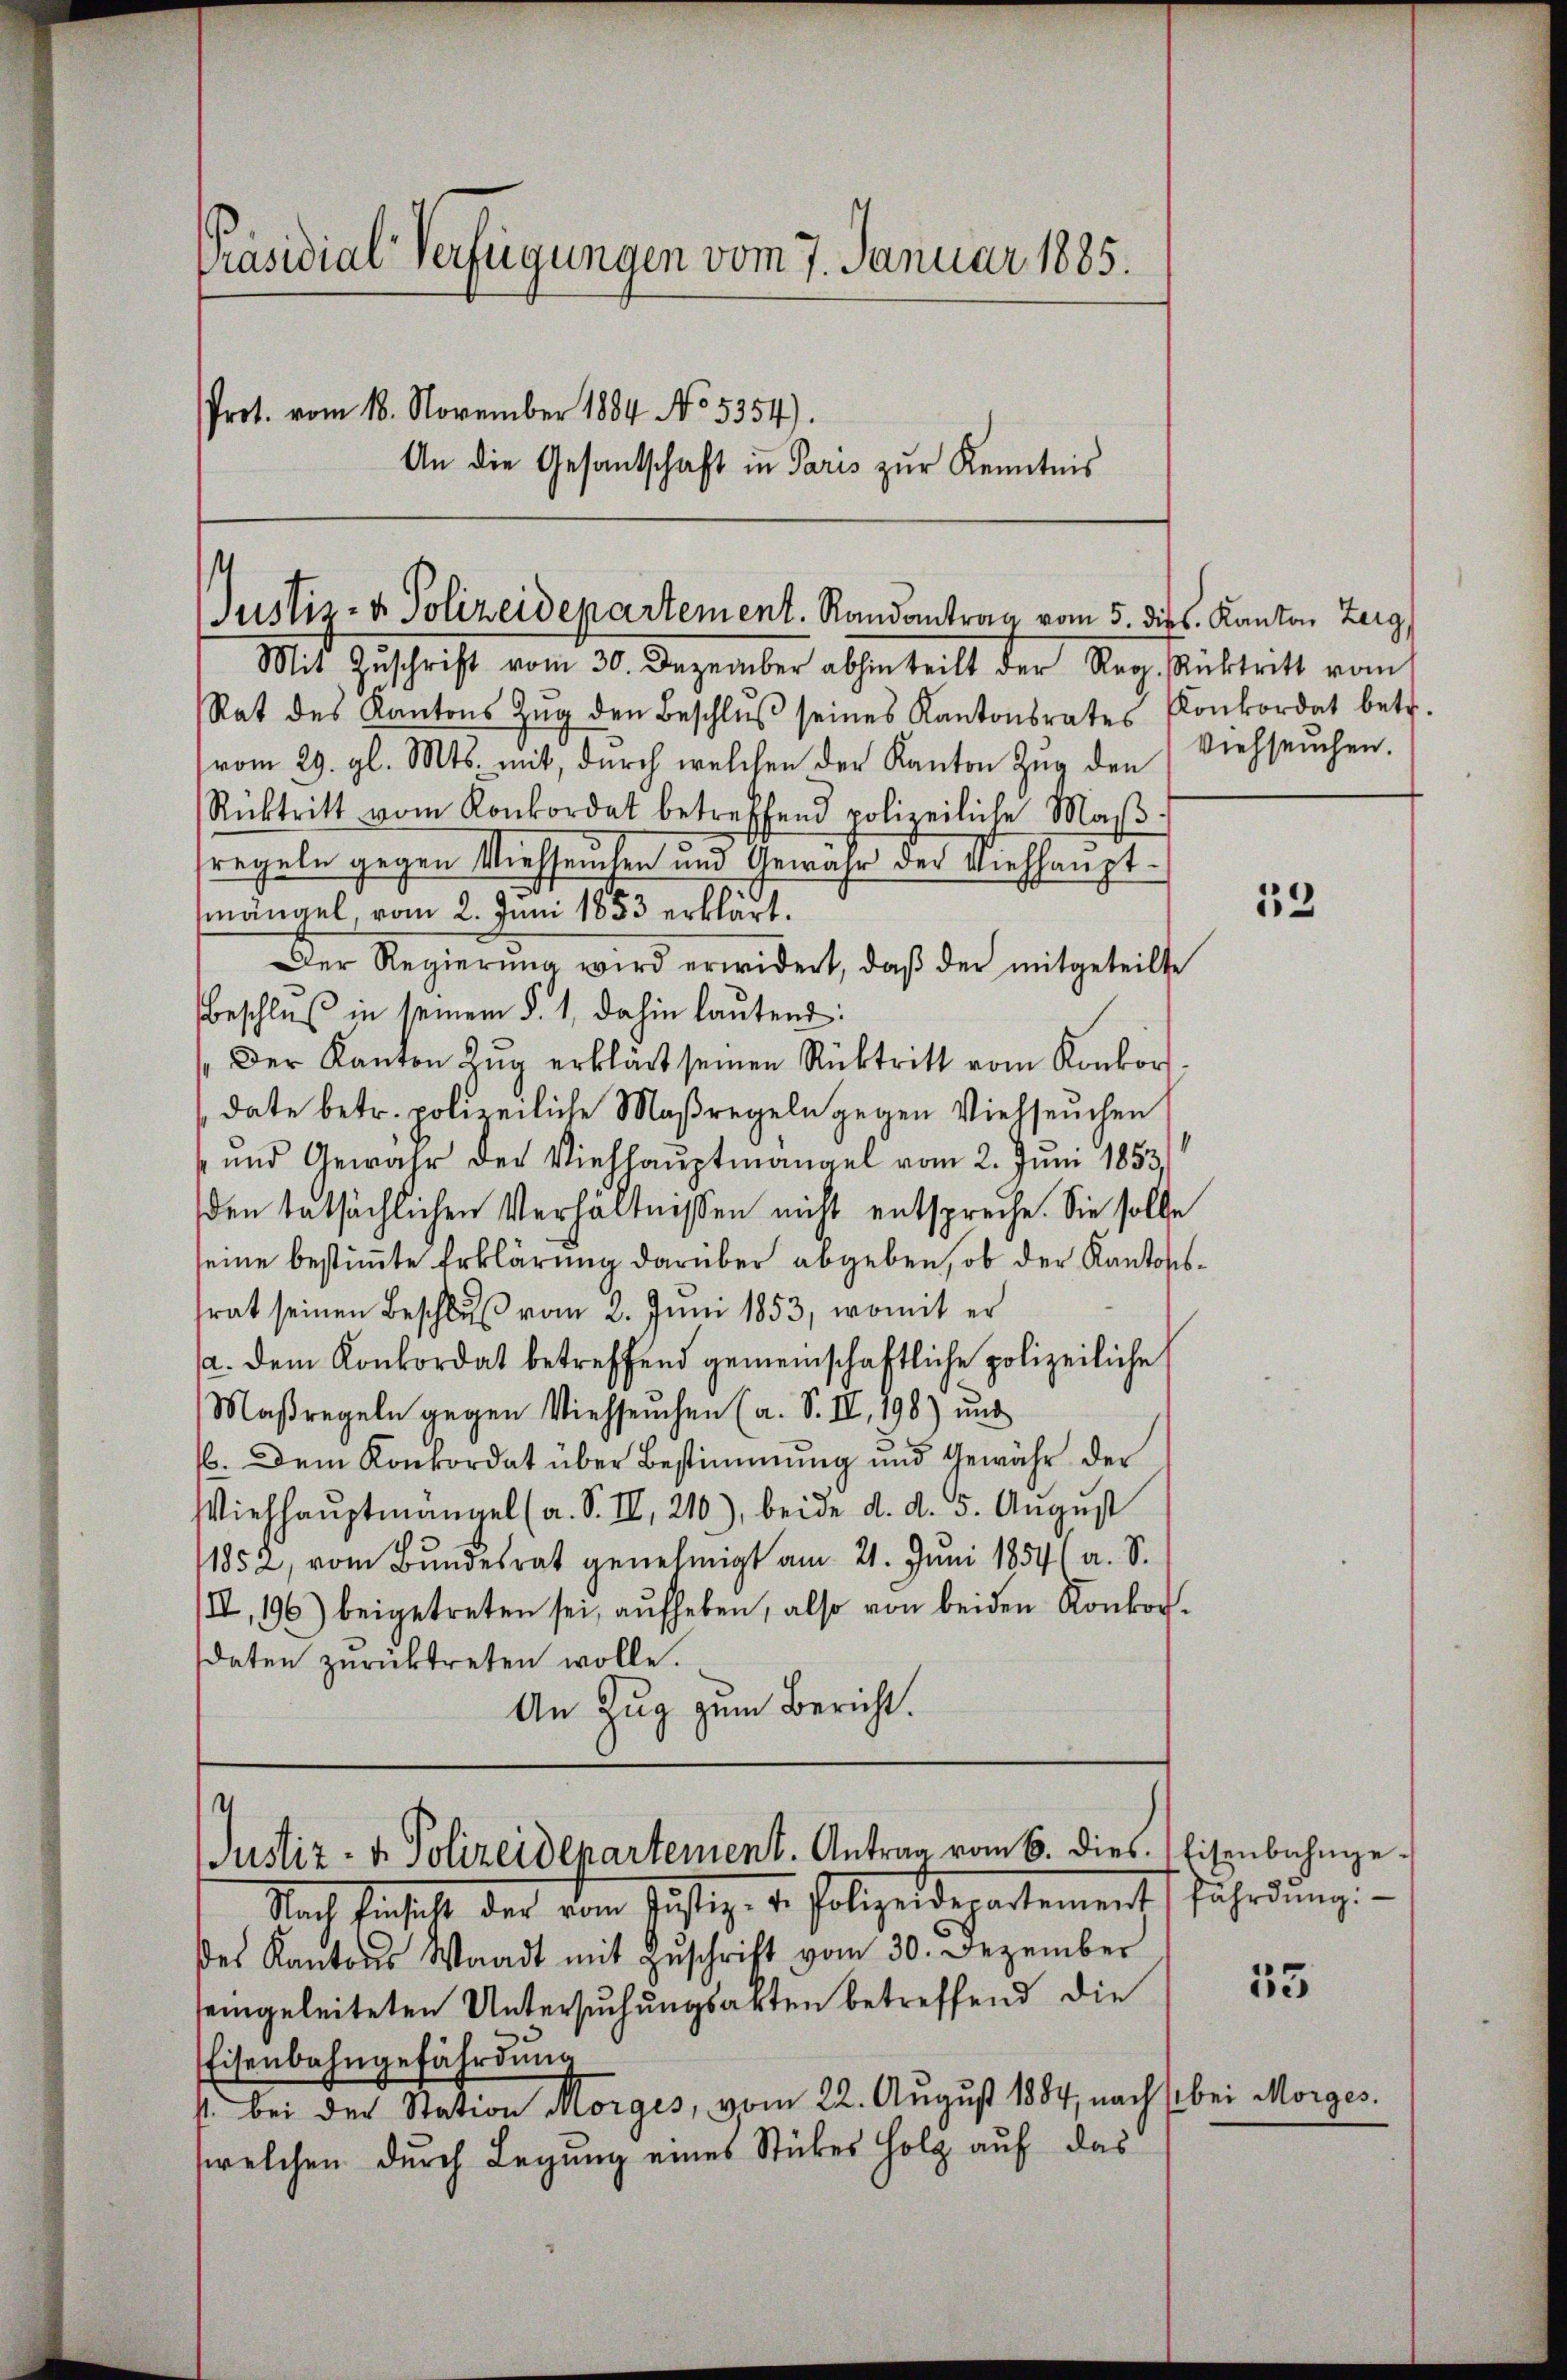
Präsidial-Verfügungen vom 7. Januar 1885.
Prot. vom 18. November 1884 No. 5354).
An die Gesantschaft in Paris zur Kenntnis

Justiz- & Polizeidepartement. Randantrag vom 5. dies. Kanton Zerg

Mit Zuschrift vom 30. Dezember abhin teilt der Reg. Rücktritt vom
Rat des Kantons Zŭg den Beschlŭβ seines Kantonsrates Konkordat betr.
vom 29. gl. Mts. mit, durch welchen der Kanton Zŭg den Viehseuchen.
Rücktritt vom Konkordat betreffend polizeiliche Maβ-
regeln gegen Viehseuchen und Gewähr der Viehhauptmängel vom 2. Juni 1853 erklärt.
Der Regierŭng wird erwidert, daβ der mitgeteilte
Beschluß in seinem §. 1. dahin lautend:
Der Kanton Zŭg erklärt seinen Rücktritt vom Konkor
date betr. polizeiliche Maßregeln gegen Viehseuchen
und Gewahr der Viehhaŭptmangel vom 2. Juni 1853.
den tatsächlichen Verhältnissen nicht entspreche. Sie solle
seine bestimmte Erklärung darüber abgeben, ob der Kantonsrat seinen Beschlŭβ vom 2. Juni 1853, womit er
a. dem Konkordat betreffend gemeinschaftliche polizeiliche
Maßregeln gegen Viehseuchen (a. S. IV, 198) und
66. Dem Konkordat über Bestimmung und Gewähr der
Viehhaŭptmangel (a. S. II, 210), beide d. d. 5. Aŭgŭst
1852, vom Bŭndesrat genehmigt am 21. Jŭni 1854 (a. S.
III, 196) beigetreten sei, aufheben, also von beiden Konkordaten zurücktreten wolle.
An Zug zum Bericht.

Justiz- & Polizeidepartement. Antrag vom 6. dies. Eisenbahnge¬

Nach Einhell der dem Justiz- u. Polizeidepartements fährdung.
des Kantons Waadt mit Zŭschrift vom 30. Dezember
seingeleiteten Untersuchungsakten betreffend die
Eisenbahngefährdung
s. bei der Station Morges, vom 22. August 1884, nach s
welchen durch Legung eines Stückes Holz auf das

13

55

bei Morges.